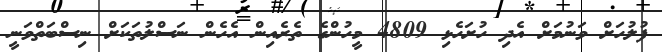
ފުލުހަށް ވަނުމަށް އެދި ހުށަހެޅި 4809 މީހުންގެ ތެރެއިން އެހެން ނަސްލުތަކަށް ނިސްބަތްވަނީ